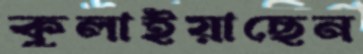
কুলাইয়াছেন